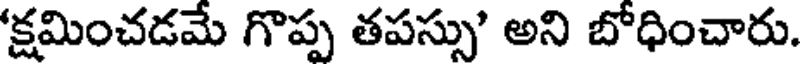
'క్షమించడమే గొప్ప తపస్సు' అని బోధించారు.